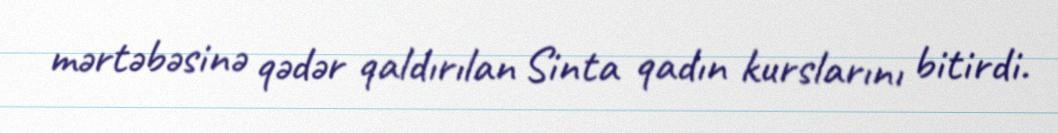
mərtəbəsinə qədər qaldırılan Sinta qadın kurslarını bitirdi.